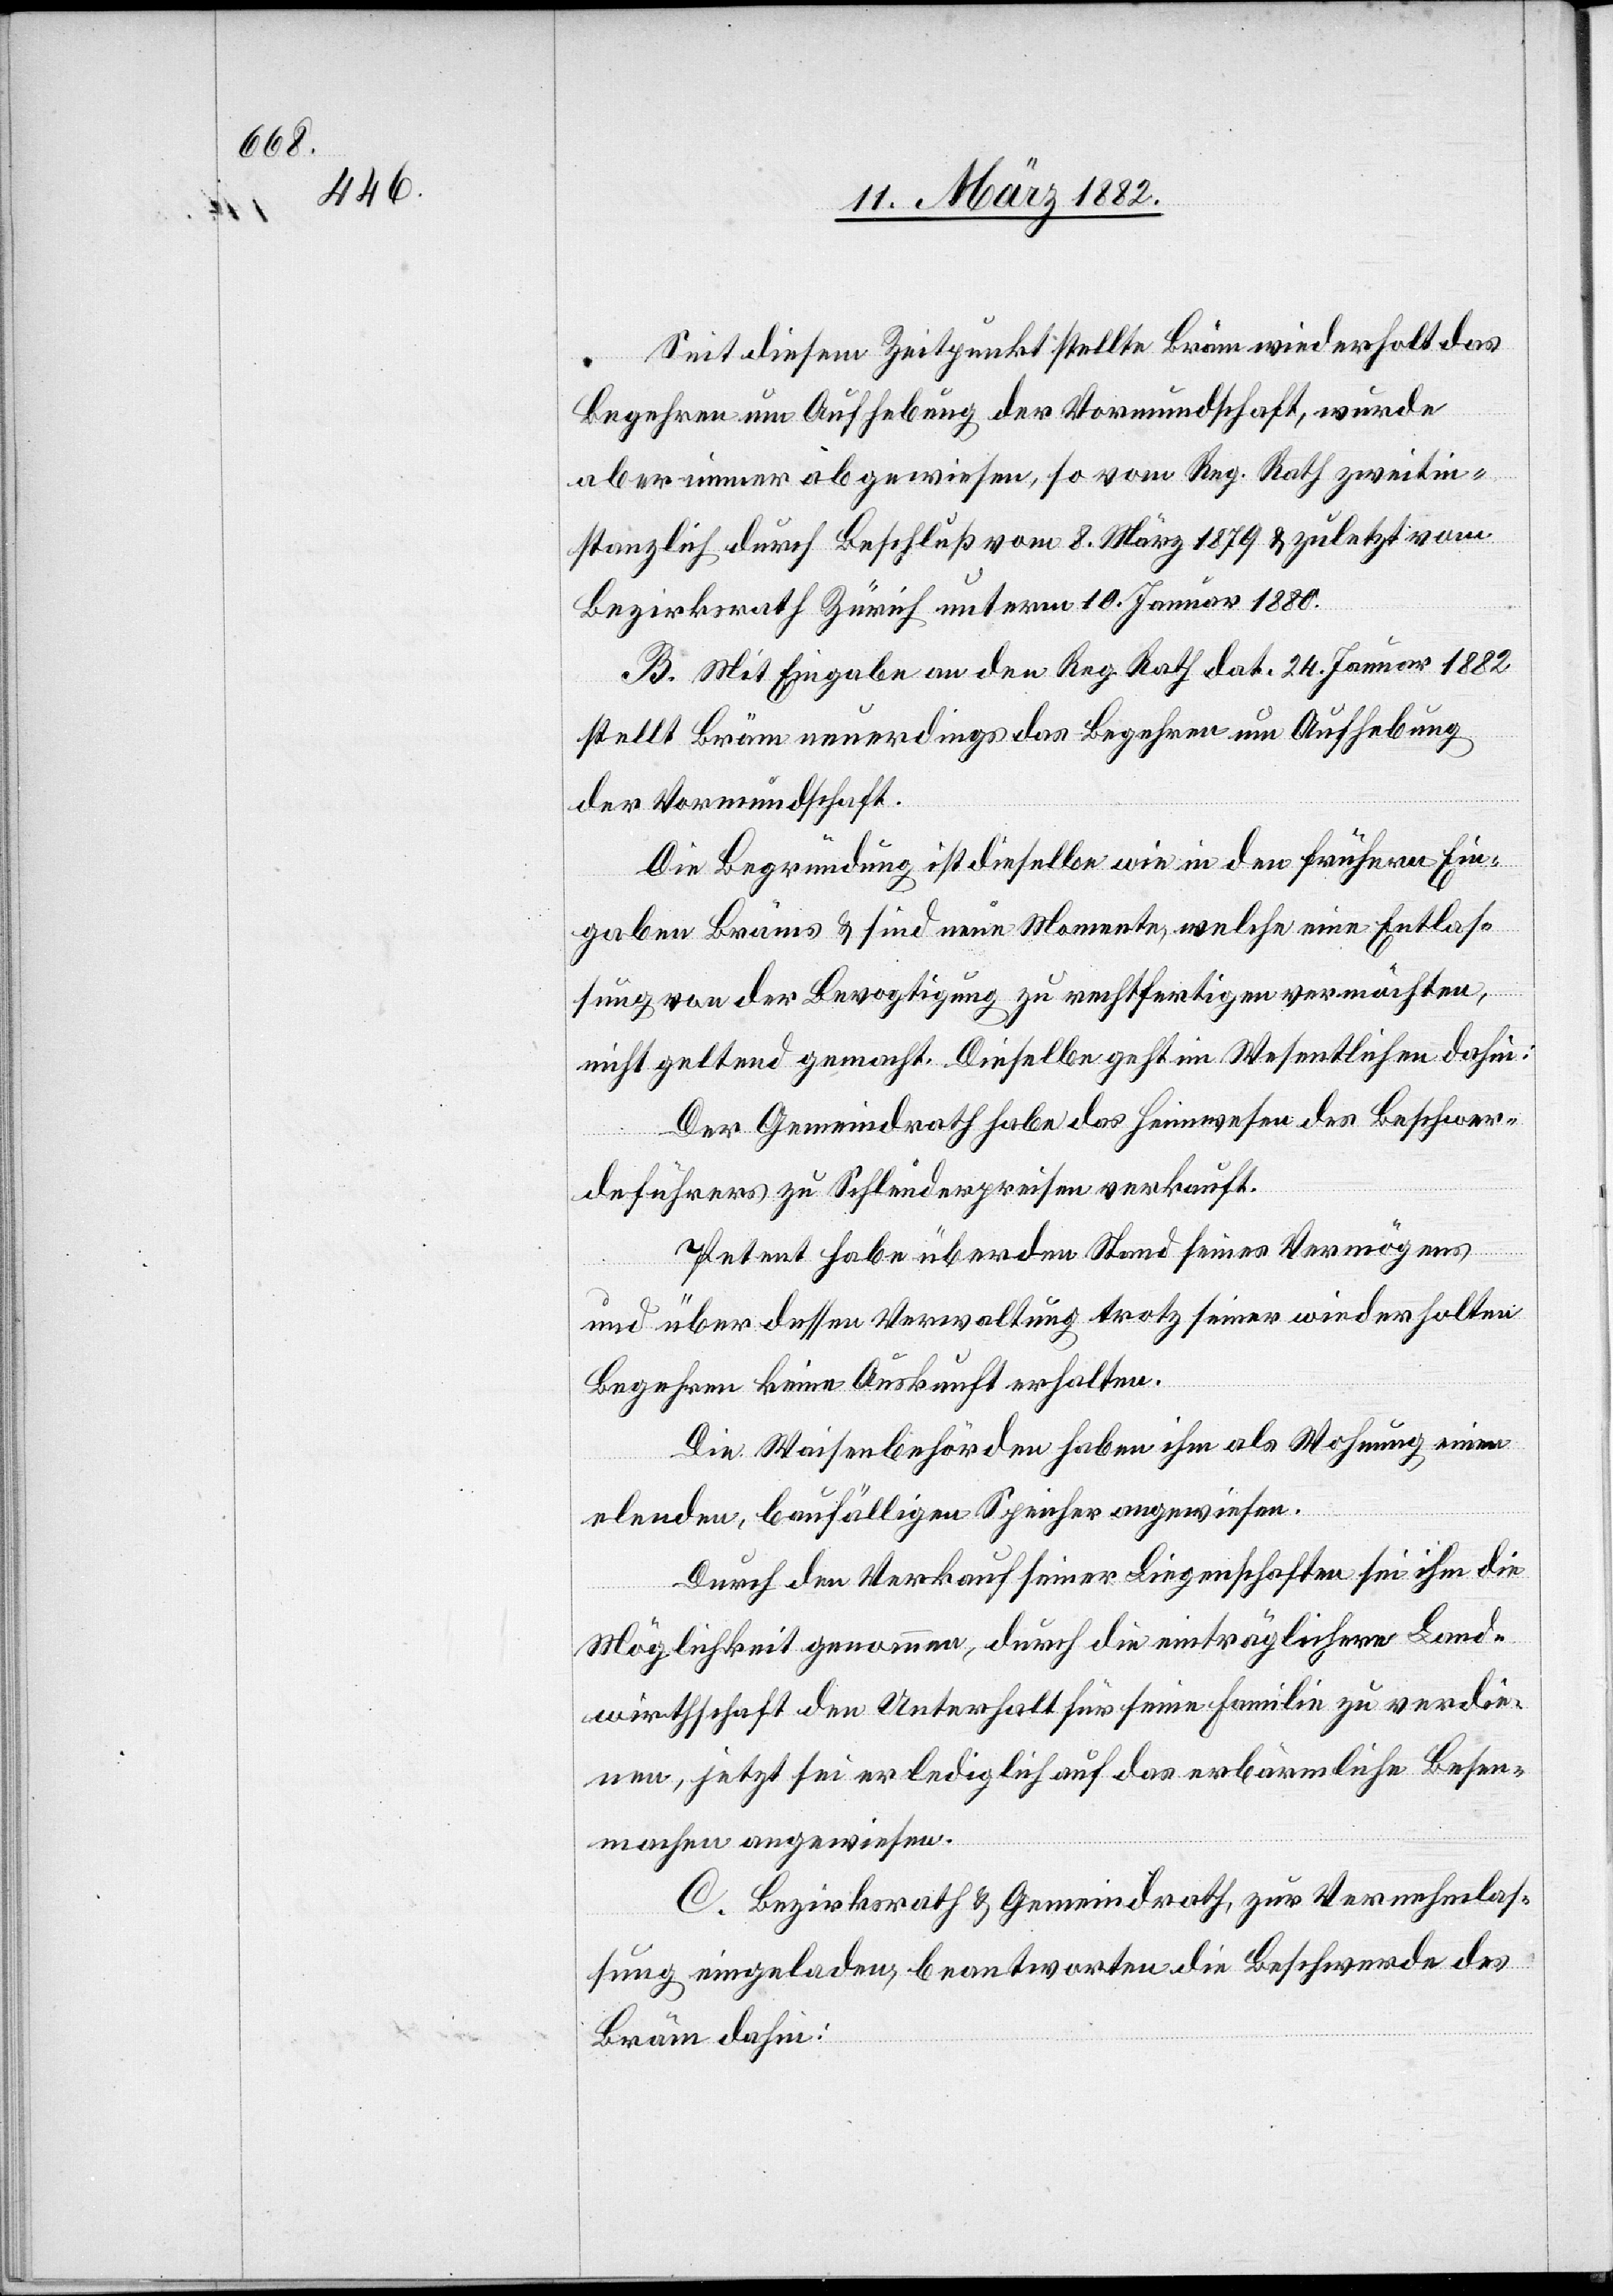
Seit diesem Zeitpunkt stellte Bräm wiederholt das
Begehren um Aufhebung der Vormundschaft, wurde
aber immer abgewiesen, so vom Reg. Rath zweitin¬
stanzlich durch Beschluß vom 8. März 1879 & zuletzt vom
Bezirksrath Zürich unterm 10. Januar 1880.
B. Mit Eingabe an den Reg. Rath dat. 24. Januar 1882
stellt Bräm neuerdings das Begehren um Aufhebung
der Vormundschaft.
Die Begründung ist dieselbe wie in den frühern Ein¬
gaben Bräms & sind seine Momente, welche eine Entlas¬
sung von der Bevogtigung zu rechtfertigen vermöchten,
nicht geltend gemacht. Dieselbe geht im Wesentlichen dahin:
Der Gemeindrath habe das Heimwesen des Beschwer¬
deführers zu Schleuderpreisen verkauft.
Petent habe über den Stand seines Vermögens
und über dessen Verwaltung trotz seiner wiederholten
Begehren keine Auskunft erhalten.
Die Waisenbehörde habe ihm als Wohnung einen
elenden, baufälligen Speicher angewiesen.
Durch den Verkauf seiner Liegenschaften sei ihm die
Möglichkeit genommen, durch die einträglichere Land¬
wirthschaft den Unterhalt für seine Familie zu verdie¬
nen, jetzt sei er lediglich ans erbärmliche Besen¬
machen angewiesen.
C. Bezirksrath & Gemeindrath, zur Vernehmlas¬
sung eingeladen, beantworten die Beschwerde
Bräm dahin: